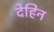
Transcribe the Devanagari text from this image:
देहिन